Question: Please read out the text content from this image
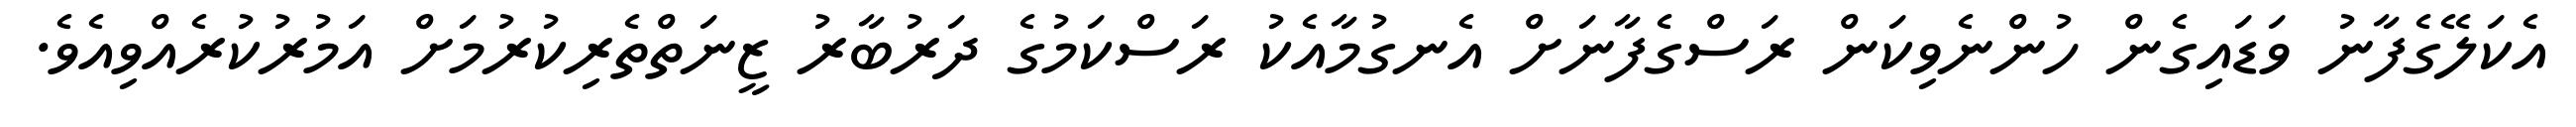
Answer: އެކަލޭގެފާނު ވަޑައިގެން ހުންނެވިކަން ރަސްގެފާނަށް އެނގުމާއެކު ރަސްކަމުގެ ދަރުބާރު ޒީނަތްތެރިކުރުމަށް އަމުރުކުރެއްވިއެވެ.